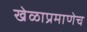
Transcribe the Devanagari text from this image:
खेळाप्रमाणेच